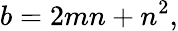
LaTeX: b=2mn+n^{2},